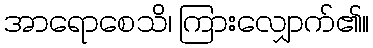
အာရောစေသိ၊ ကြားလျှောက်၏။